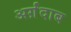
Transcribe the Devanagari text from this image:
अर्ग़ंदाब